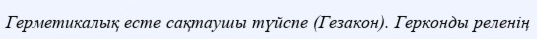
Герметикалық есте сақтаушы түйспе (Гезакон). Герконды реленің